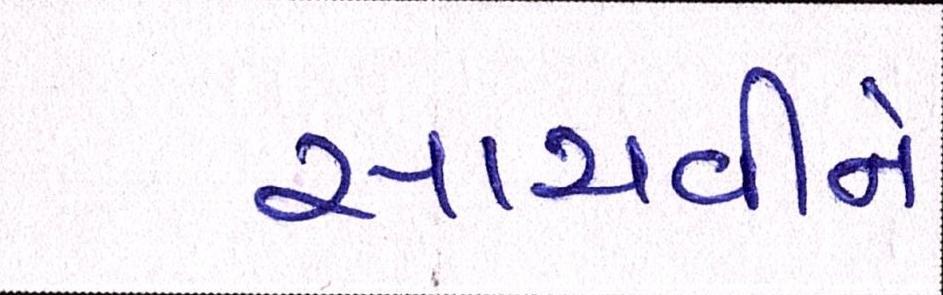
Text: સાચવીને